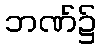
ဘဏ်၌